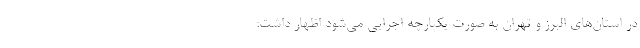
در استان‌های البرز و تهران به صورت یکپارچه اجرایی می‌شود اظهار داشت: